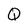
Character: Q